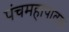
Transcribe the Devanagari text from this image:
पंचमहापातक